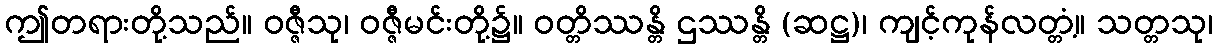
ဤတရားတို့သည်။ ဝဇ္ဇီသု၊ ဝဇ္ဇီမင်းတို့၌။ ဝတ္တိဿန္တိ ဌဿန္တိ (ဆဋ္ဌ)၊ ကျင့်ကုန်လတ္တံ့။ သတ္တသု၊